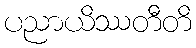
ပညာယိဿတီတိ